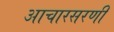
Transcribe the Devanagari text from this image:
आचारसरणी